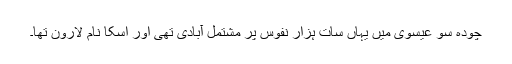
چودہ سو عیسوی میں یہاں سات ہزار نفوس پر مشتمل آبادی تھی اور اسکا نام لارون تھا۔